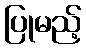
ပြုမည့်